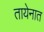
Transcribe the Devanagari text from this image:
तायेनात